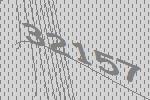
32157